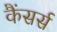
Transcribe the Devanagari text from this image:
कैंसर्स